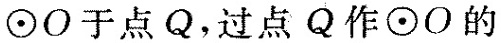
⊙O于点Q，过点Q作⊙O的